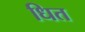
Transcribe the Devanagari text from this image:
धित